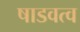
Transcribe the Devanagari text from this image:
षाडवत्व